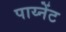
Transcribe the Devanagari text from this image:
पाय्नेंट